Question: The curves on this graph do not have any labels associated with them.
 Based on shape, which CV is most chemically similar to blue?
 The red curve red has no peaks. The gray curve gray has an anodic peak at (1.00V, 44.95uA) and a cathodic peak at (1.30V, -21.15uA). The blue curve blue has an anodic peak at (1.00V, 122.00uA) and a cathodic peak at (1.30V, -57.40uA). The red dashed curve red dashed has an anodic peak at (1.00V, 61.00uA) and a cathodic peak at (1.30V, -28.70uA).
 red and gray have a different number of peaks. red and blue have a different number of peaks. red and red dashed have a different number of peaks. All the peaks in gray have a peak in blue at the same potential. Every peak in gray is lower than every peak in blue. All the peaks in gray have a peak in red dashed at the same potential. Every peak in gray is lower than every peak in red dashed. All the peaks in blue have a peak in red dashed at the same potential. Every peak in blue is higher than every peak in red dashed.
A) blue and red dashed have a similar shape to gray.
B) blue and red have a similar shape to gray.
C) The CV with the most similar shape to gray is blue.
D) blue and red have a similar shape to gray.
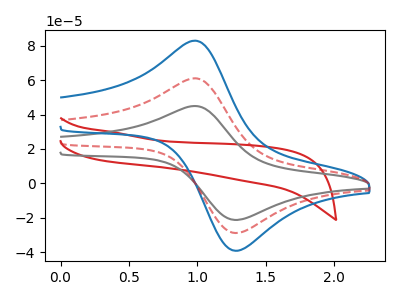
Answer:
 <answer>A) "blue" and "red dashed" have a similar shape to "gray".</answer>
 <eval>A</eval>